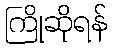
ကြိုဆိုရန်